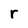
Character: r